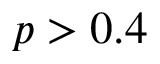
p > 0 . 4